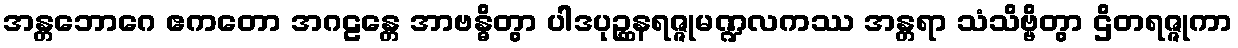
အန္တဘောဂေ ဧကတော အဂဠန္တေ အာဗန္ဓိတွာ ပါဒပုဉ္ဆနရဇ္ဇုမဏ္ဍလကဿ အန္တရာ သံသိဗ္ဗိတွာ ဌိတရဇ္ဇုကာ